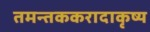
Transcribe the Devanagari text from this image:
तमन्तककरादाकृष्य